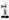
1